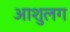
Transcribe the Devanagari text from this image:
आशुलग